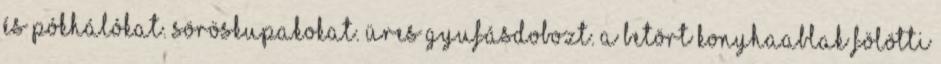
és pókhálókat. Söröskupakokat. Üres gyufásdobozt. A betört konyhaablak fölötti